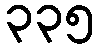
၃၃၅